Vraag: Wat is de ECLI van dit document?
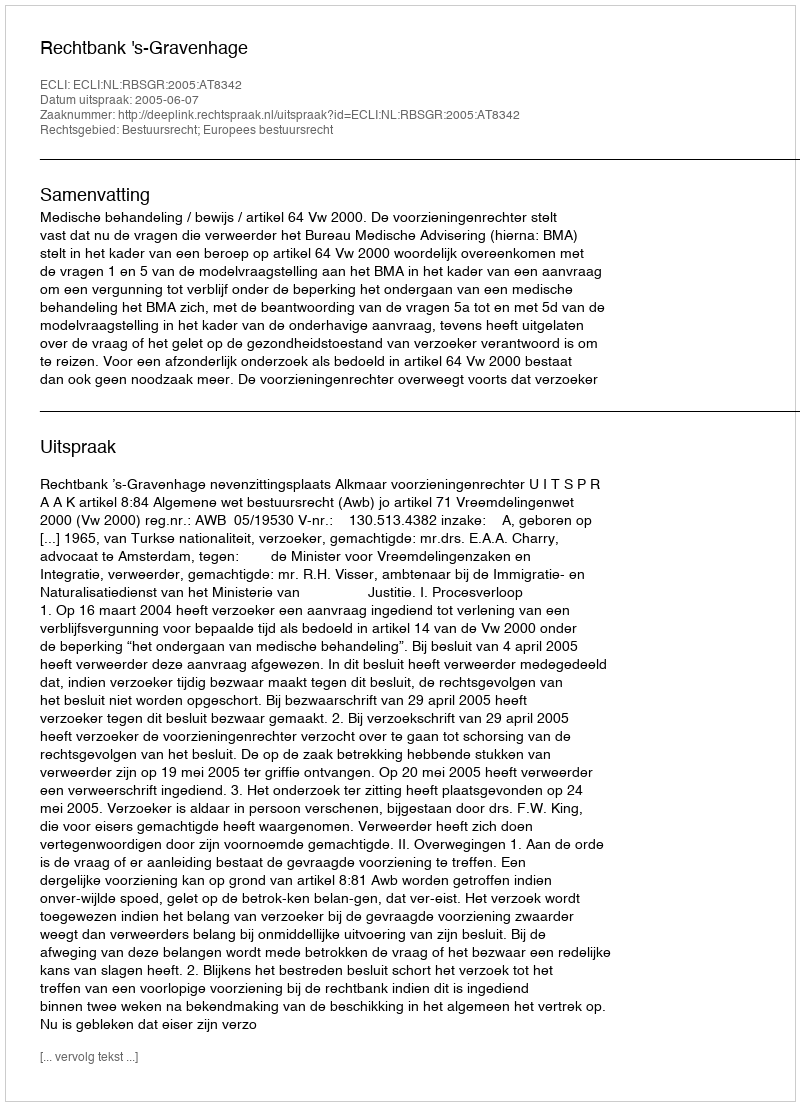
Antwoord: ECLI:NL:RBSGR:2005:AT8342